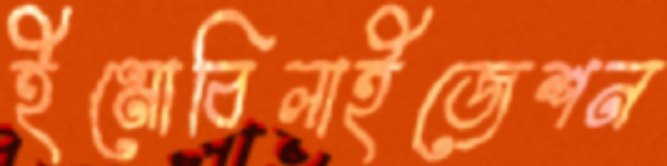
ইমোবিলাইজেশন